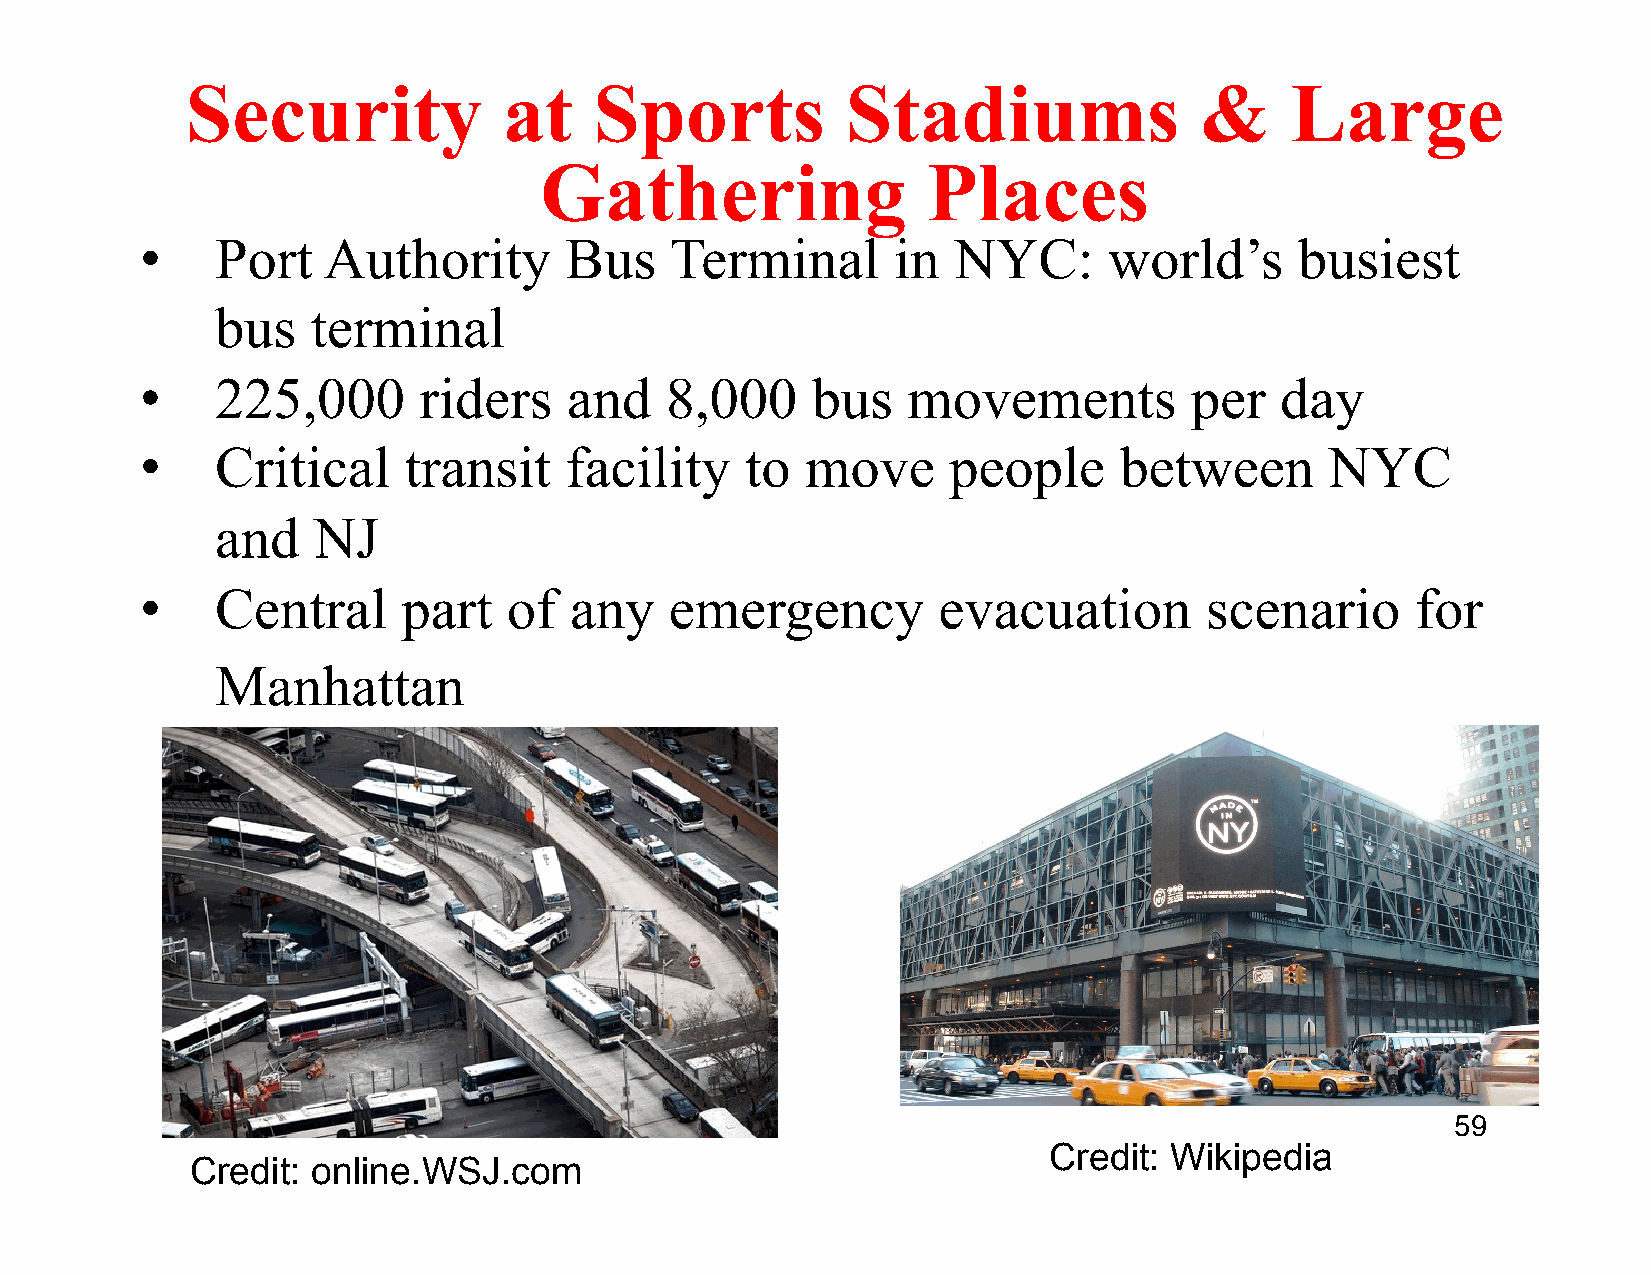
Security             at    Sports           Stadiums               &     Large
 Gathering                Places
 •    Port   Authority       Bus    Terminal       in  NYC:      world’s      busiest
 bus    terminal
 •    225,000       riders    and   8,000     bus   movements          per   day
 •    Critical     transit   facility    to  move      people     between       NYC
 and    NJ
 •    Central      part   of  any   emergency         evacuation        scenario      for
 Manhattan
 Dust  storm   in Mali                    59
 Credit: Wikipedia
 Credit: online.WSJ.com